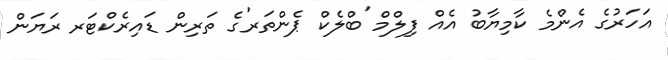
އަހަރުގެ އެންމެ ކާމިޔާބު އެއް ފިލްމް 'ބްލެކް ޕެންތަރ'ގެ ތަރިން ޑައިރެކްޓަރ ރަޔަން